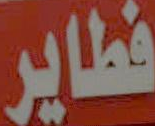
فطاير